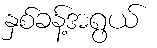
နှစ်ခန့်အရွယ်